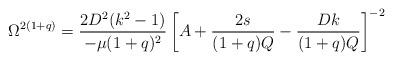
LaTeX: \begin{align*}\Omega^{2(1+q)}=\frac{2D^2 (k^2-1)}{-\mu (1+q)^2} \left[ A+\frac{2s}{(1+q)Q}-\frac{D k}{(1+q)Q} \right]^{-2}\end{align*}